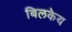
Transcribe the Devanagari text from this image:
बिलकेय